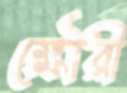
ক্ষৌরী